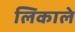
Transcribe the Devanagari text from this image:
लिकाले